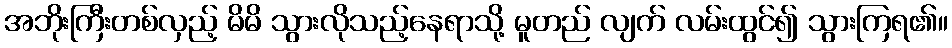
အဘိုးကြီးတစ်လှည့် မိမိ သွားလိုသည့်နေရာသို့ မူတည် လျက် လမ်းထွင်၍ သွားကြရ၏။